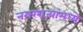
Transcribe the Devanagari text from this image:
नगरराज्यांमध्ये